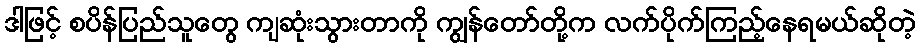
ဒါဖြင့် စပိန်ပြည်သူတွေ ကျဆုံးသွားတာကို ကျွန်တော်တို့က လက်ပိုက်ကြည့်နေရမယ်ဆိုတဲ့